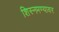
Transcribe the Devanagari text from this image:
शिस्नमण्यावर